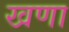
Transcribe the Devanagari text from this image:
खणा